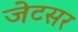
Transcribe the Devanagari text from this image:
जेटसर